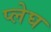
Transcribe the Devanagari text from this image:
प्लेघ